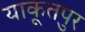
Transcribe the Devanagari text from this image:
याकूतपुर